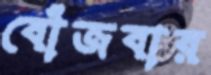
বোঁজবার